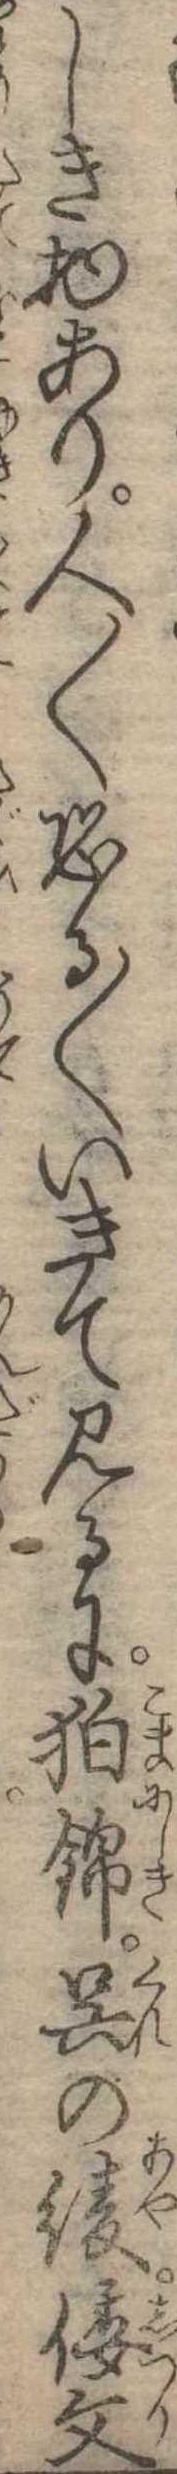
しき物あり人〱恐る〱いきて見るに狛錦呉の綾倭文